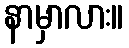
နာမှာလား။